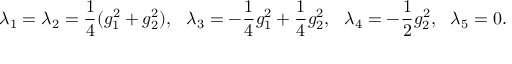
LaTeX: \lambda _ { 1 } = \lambda _ { 2 } = { \frac { 1 } { 4 } } ( g _ { 1 } ^ { 2 } + g _ { 2 } ^ { 2 } ) , ~ ~ \lambda _ { 3 } = - { \frac { 1 } { 4 } } g _ { 1 } ^ { 2 } + { \frac { 1 } { 4 } } g _ { 2 } ^ { 2 } , ~ ~ \lambda _ { 4 } = - { \frac { 1 } { 2 } } g _ { 2 } ^ { 2 } , { } ~ ~ \lambda _ { 5 } = 0 .